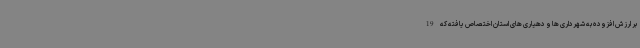
بر ارزش افزوده به شهرداری ها و دهیاری های استان اختصاص یافته که 19